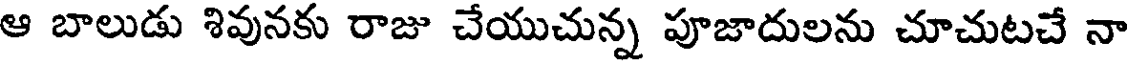
ఆ బాలుడు శివునకు రాజు చేయుచున్న పూజాదులను చూచుటచే నా